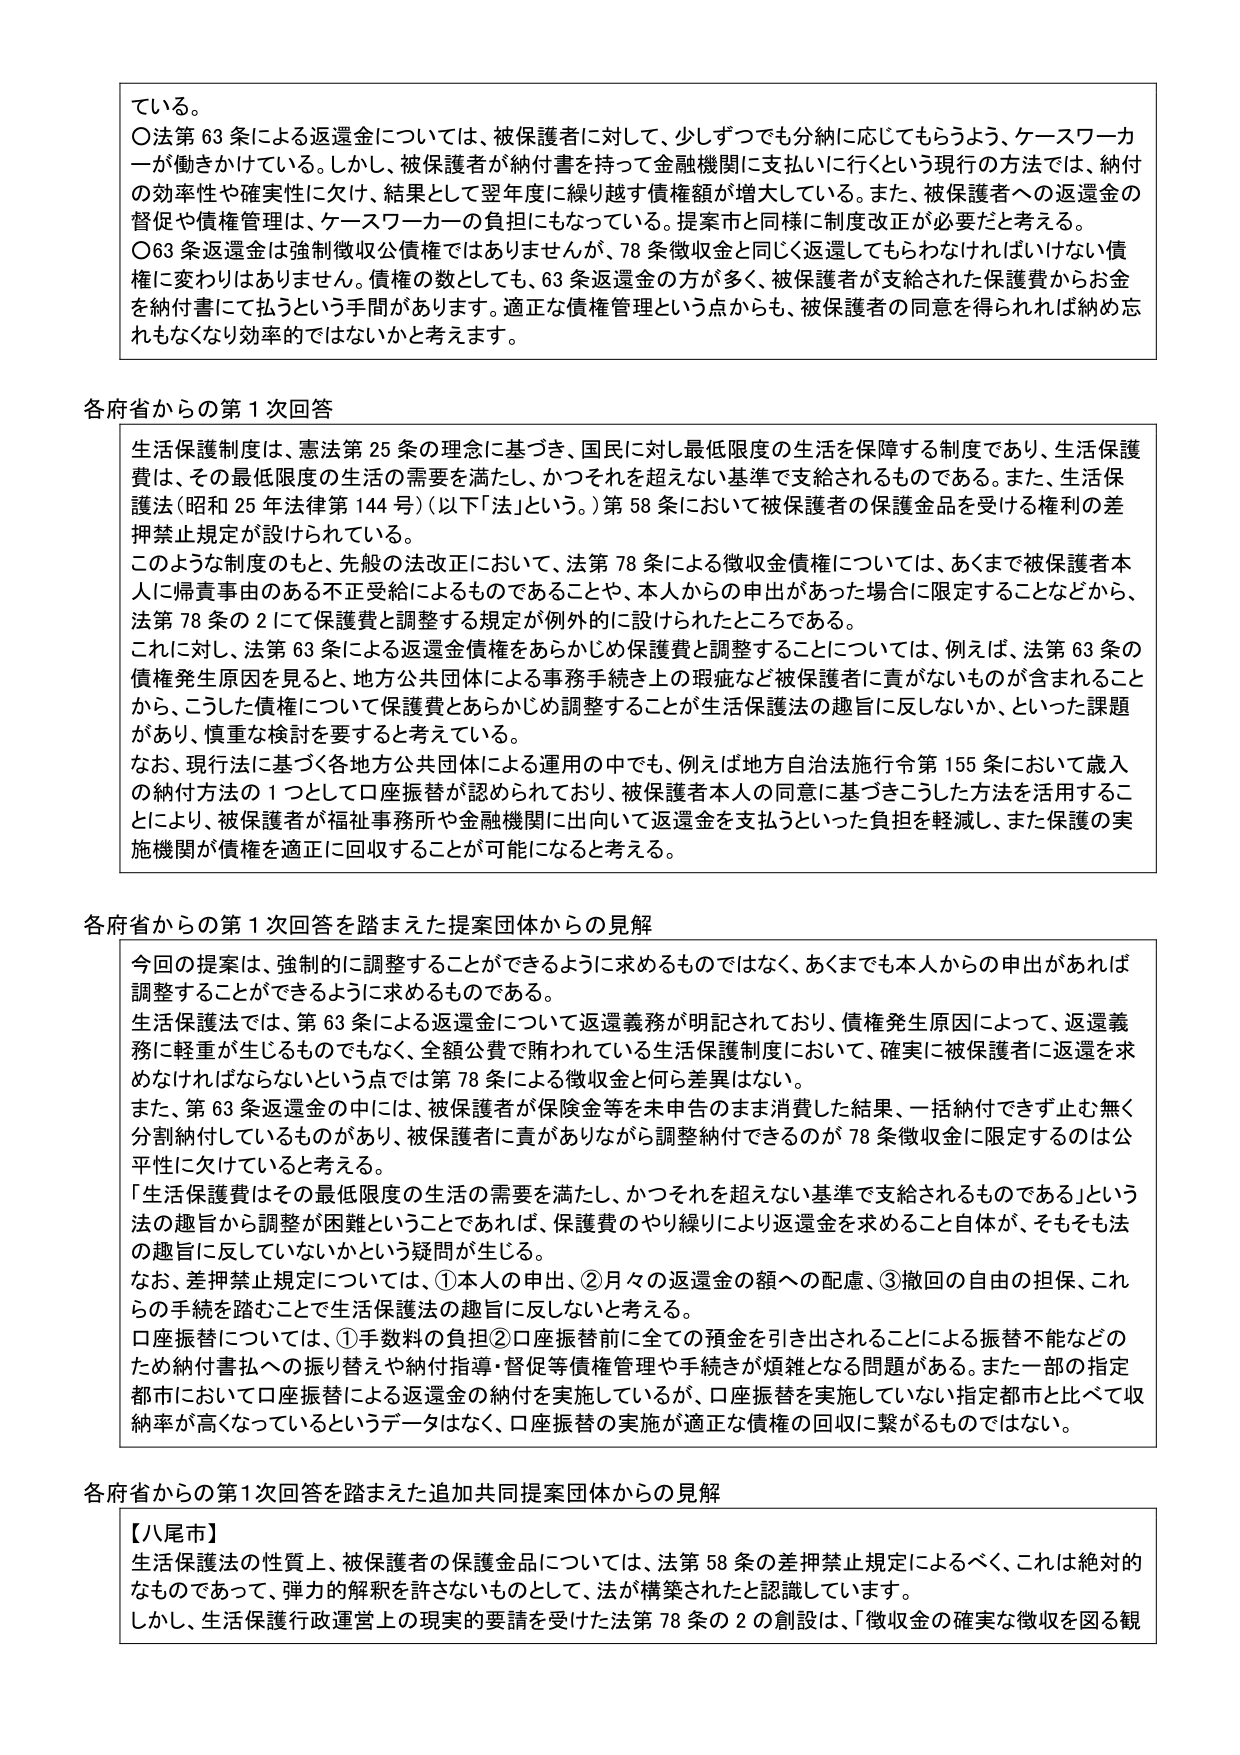
ている。
〇法第63条による返還金については、被保護者に対して、少しずつでも分納に応じてもらうよう、ケースワーカーが働きかけている。しかし、被保護者が納付書を持って金融機関に支払いに行くという現行の方法では、納付の効率性や確実性に欠け、結果として翌年度に繰り越す債権額が増大している。また、被保護者への返還金の督促や債権管理は、ケースワーカーの負担にもなっている。提案案と同様に制度改正が必要だと考える。
〇63条返還金は強制徴収公債権ではありませんが、78条徴収金と同じく返還してもらわなければいけない債権に変わりはありません。債権の数としても、63条返還金の方が多く、被保護者が支給された保護費からお金を納付書にて払うという手間があります。適正な債権管理という点からも、被保護者の同意を得られれば納め忘れもなくなり効率的ではないかと考えます。

各府省からの第1次回答
生活保護制度は、憲法第25条の理念に基づき、国民に対し最低限度の生活を保障する制度であり、生活保護費は、その最低限度の生活の需要を満たし、かつそれを超えない基準で支給されるものである。また、生活保護法（昭和25年法律第144号）（以下「法」という。）第58条において被保護者の保護金品を受ける権利の差押禁止規定が設けられている。
このような制度のもと、先般の法改正において、法第78条による徴収金債権については、あくまで被保護者本人に帰責事由のある不正受給によるものであることや、本人からの申出があった場合に限定することなどから、法第78条の2にて保護費と調整する規定が例外的に設けられたところである。
これに対し、法第63条による返還金債権をあらかじめ保護費と調整することについては、例えば、法第63条の債権発生原因を見ると、地方公共団体による事務手続き上の瑕疵など被保護者に責がないものが含まれることから、こうした債権について保護費とあらかじめ調整することが生活保護法の趣旨に反しないか、といった課題があり、慎重な検討を要すると考える。
なお、現行法に基づく各地方公共団体による運用の中でも、例えば地方自治法施行令第155条において歳入の納付方法の1つとして口座振替が認められており、被保護者本人の同意に基づきこうした方法を活用することにより、被保護者が福祉事務所や金融機関に出向いて返還金を支払うといった負担を軽減し、また保護の実施機関が債権を適正に回収することが可能になると考える。

各府省からの第1次回答を踏まえた提案団体からの見解
今回の提案は、強制的に調整することができるように求めるものではなく、あくまでも本人からの申出があれば調整することができるように求めるものである。
生活保護法では、第63条による返還義務について返還義務が明記されており、債権発生原因によって、返還義務に軽重が生じるものでなく、全額公費で賄われている生活保護制度において、確実に被保護者に返還を求めなければならないという点では第78条による徴収金と何ら差異はない。
また、第63条返還金の中には、被保護者が保険金等を未申告のまま消費した結果、一括納付できず止む無く分割納付しているものがあり、被保護者に責がありながら調整納付できるのが78条徴収金に限定するのは公平性に欠けていると考える。
「生活保護費はその最低限度の生活の需要を満たし、かつそれを超えない基準で支給されるものである」という法の趣旨から調整が困難ということであれば、保護費のやり繰りにより返還金を求めること自体が、そもそも法の趣旨に反していないかという疑問が生じる。
なお、差押禁止規定については、①本人の申出、②月々の返還金の額への配慮、③撤回の自由の担保、これらの手続を踏むことで生活保護法の趣旨に反しないと考える。
口座振替については、①手数料の負担②口座振替前に全ての預金を引き出されることによる振替不能などのため納付書払への振り替えや納付指導・督促等債権管理や手続が煩雑となる問題がある。また一部の指定都市において口座振替による返還金の納付を実施しているが、口座振替を実施していない指定都市と比べて収納率が高くなっているというデータはなく、口座振替の実施が適正な債権の回収に繋がるものではない。

各府省からの第1次回答を踏まえた追加共同提案団体からの見解
【八尾市】
生活保護法の性質上、被保護者の保護金品については、法第58条の差押禁止規定によるべく、これは絶対的なものであって、弾力的解釈を許さないものとして、法が構築されたと認識しています。
しかし、生活保護行政運営上の現実的要請を受けた法第78条の2の創設は、「徴収金の確実な徴収を図る観